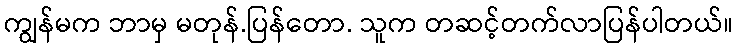
ကျွန်မက ဘာမှ မတုန်.ပြန်တော. သူက တဆင့်တက်လာပြန်ပါတယ်။